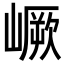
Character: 嶥